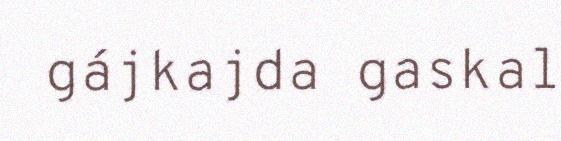
gájkajda gaskal